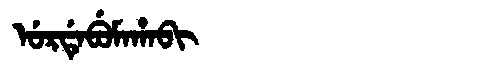
Manchu: ᡠᡵᡩᡝᠪᡠᠮᠠᡥᠠᠪᡳ
Romanization: URDEBUMAHABI